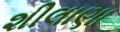
શીલાણા